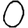
Digit: 0